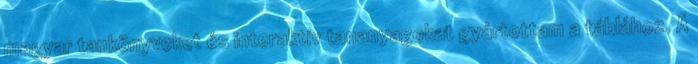
magyar tankönyveket és interaktív tananyagokat gyártottam a táblához. A